Report of the Indian Hemp Drugs Commission, 1894-1895 - Volume III
Year: 1894
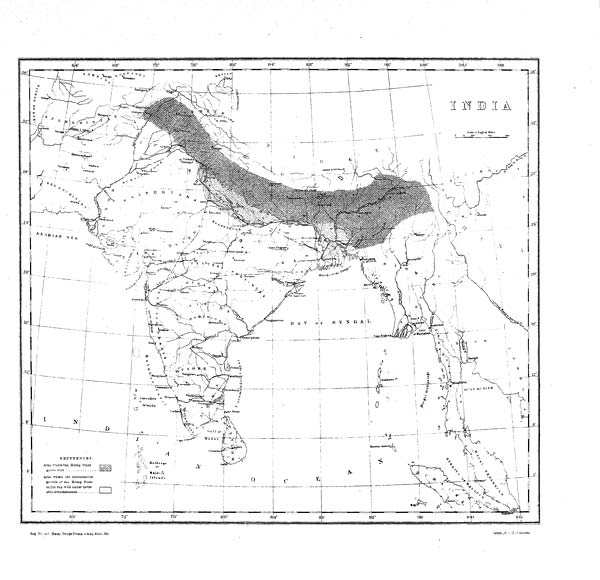
Reg No. 440 Hemp Drugs Comn —Aug.
94—1.520
Litho.,
3.
I.
O.,
Calcutta